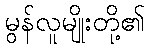
မွန်လူမျိုးတို့၏